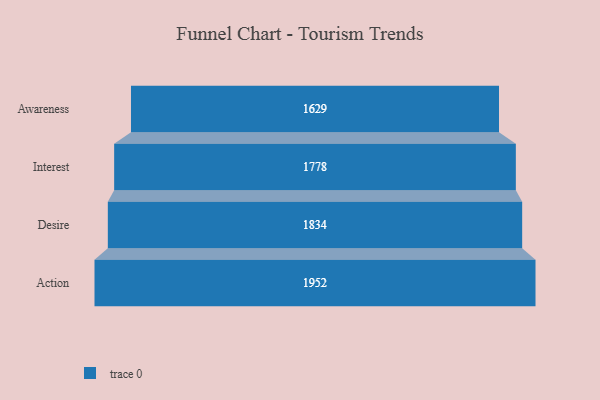
{"axis": {"x": "Stage", "y": "Value"}, "legend": [""], "data": [{"x": "Awareness", "y": 1629.0, "type": ""}, {"x": "Interest", "y": 1778.0, "type": ""}, {"x": "Desire", "y": 1834.0, "type": ""}, {"x": "Action", "y": 1952.0, "type": ""}]}